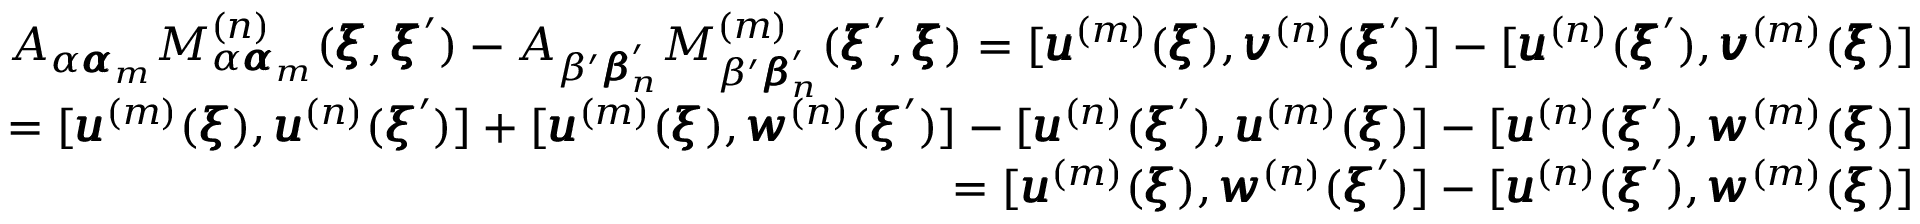
\begin{array} { r l r } & { } & { A _ { \alpha { \pmb \alpha } _ { m } } M _ { \alpha { \pmb \alpha } _ { m } } ^ { ( n ) } ( { \pmb \xi } , { \pmb \xi } ^ { \prime } ) - A _ { \beta ^ { \prime } { \pmb \beta } _ { n } ^ { \prime } } M _ { \beta ^ { \prime } { \pmb \beta } _ { n } ^ { \prime } } ^ { ( m ) } ( { \pmb \xi } ^ { \prime } , { \pmb \xi } ) = [ { \pmb u } ^ { ( m ) } ( { \pmb \xi } ) , { \pmb v } ^ { ( n ) } ( { \pmb \xi } ^ { \prime } ) ] - [ { \pmb u } ^ { ( n ) } ( { \pmb \xi } ^ { \prime } ) , { \pmb v } ^ { ( m ) } ( { \pmb \xi } ) ] } \\ & { } & { = [ { \pmb u } ^ { ( m ) } ( { \pmb \xi } ) , { \pmb u } ^ { ( n ) } ( { \pmb \xi } ^ { \prime } ) ] + [ { \pmb u } ^ { ( m ) } ( { \pmb \xi } ) , { \pmb w } ^ { ( n ) } ( { \pmb \xi } ^ { \prime } ) ] - [ { \pmb u } ^ { ( n ) } ( { \pmb \xi } ^ { \prime } ) , { \pmb u } ^ { ( m ) } ( { \pmb \xi } ) ] - [ { \pmb u } ^ { ( n ) } ( { \pmb \xi } ^ { \prime } ) , { \pmb w } ^ { ( m ) } ( { \pmb \xi } ) ] } \\ & { } & { = [ { \pmb u } ^ { ( m ) } ( { \pmb \xi } ) , { \pmb w } ^ { ( n ) } ( { \pmb \xi } ^ { \prime } ) ] - [ { \pmb u } ^ { ( n ) } ( { \pmb \xi } ^ { \prime } ) , { \pmb w } ^ { ( m ) } ( { \pmb \xi } ) ] } \end{array}